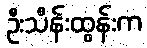
ဦးသိန်းထွန်းက